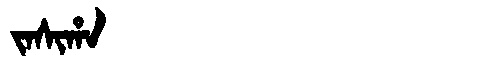
Manchu: ᠵᠠᠰᡳᡥᠠ
Romanization: JASIHA